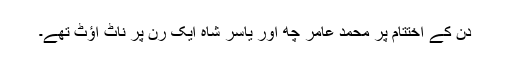
دن کے اختتام پر محمد عامر چھ اور یاسر شاہ ایک رن پر ناٹ آؤٹ تھے۔